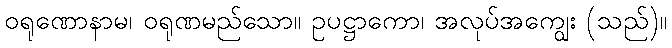
ဝရုဏောနာမ၊ ဝရုဏမည်သော။ ဥပဋ္ဌာကော၊ အလုပ်အကျွေး (သည်)။